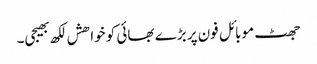
جھٹ موبائل فون پر بڑے بھائی کو خواھش لکھ بھیجی۔